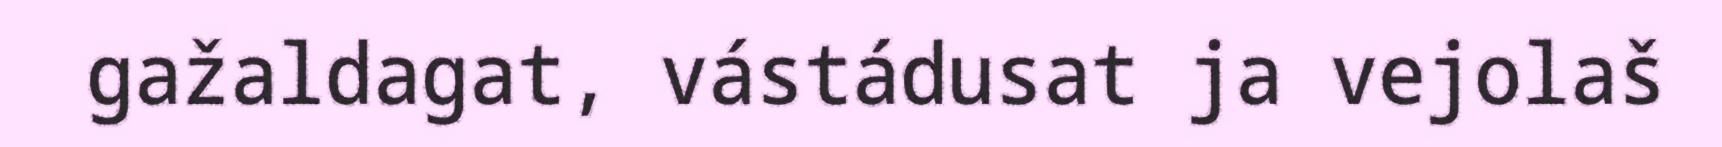
gažaldagat, vástádusat ja vejolaš